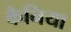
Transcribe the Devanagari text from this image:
कैनिया